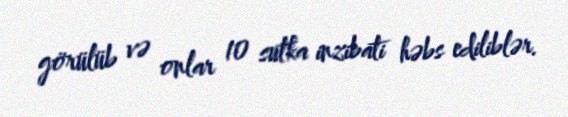
görülüb və onlar 10 sutka inzibati həbs ediliblər.